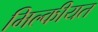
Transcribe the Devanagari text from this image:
मिल्कीयत